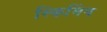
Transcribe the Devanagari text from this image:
स्किमिंग